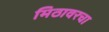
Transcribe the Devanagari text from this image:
मिठावरचा